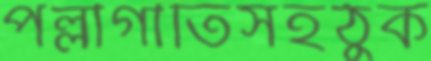
পল্লীগীতিসহঠুক